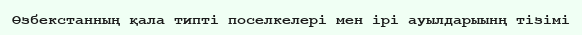
Өзбекстанның қала типті поселкелері мен ірі ауылдарыынң тізімі